Punjab Mental Hospital Lahore 1932-46 - 1932-1946
Year: 1932
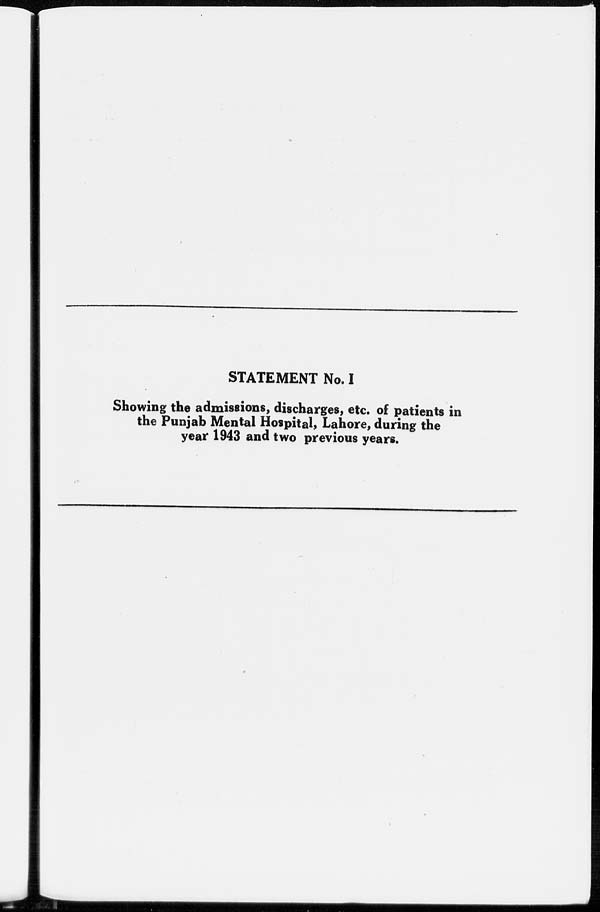
STATEMENT No. I
Showing the admissions, discharges, etc. of patients in
the Punjab Mental Hospital, Lahore, during the
year 1943 and two previous years.